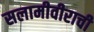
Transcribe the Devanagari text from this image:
सलामीवीराची